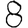
Digit: 8